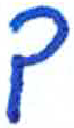
אות: ך